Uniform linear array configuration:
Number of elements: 48
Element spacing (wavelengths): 0.5
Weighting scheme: blackman
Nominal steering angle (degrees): -60
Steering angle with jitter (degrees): -60.42
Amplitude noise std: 0.05
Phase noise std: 0.05

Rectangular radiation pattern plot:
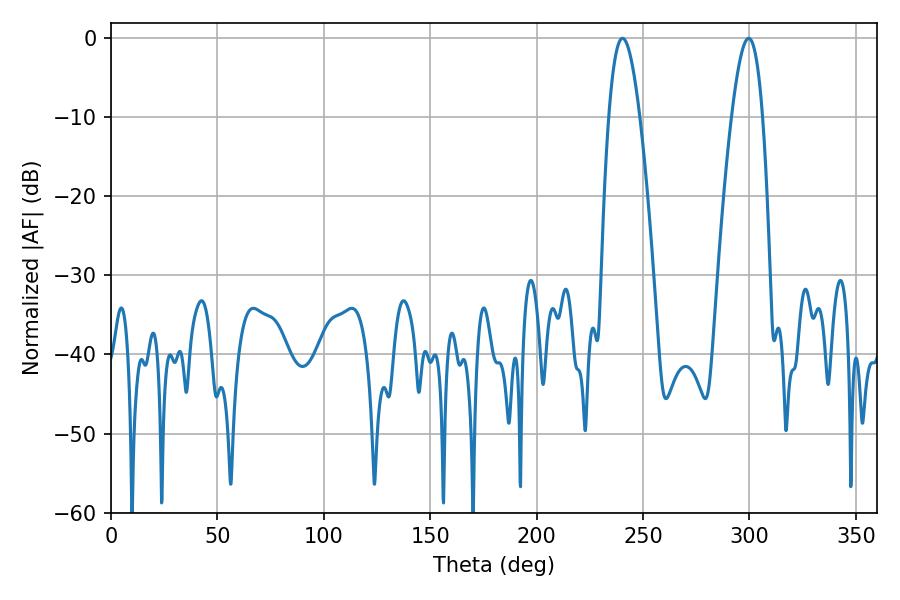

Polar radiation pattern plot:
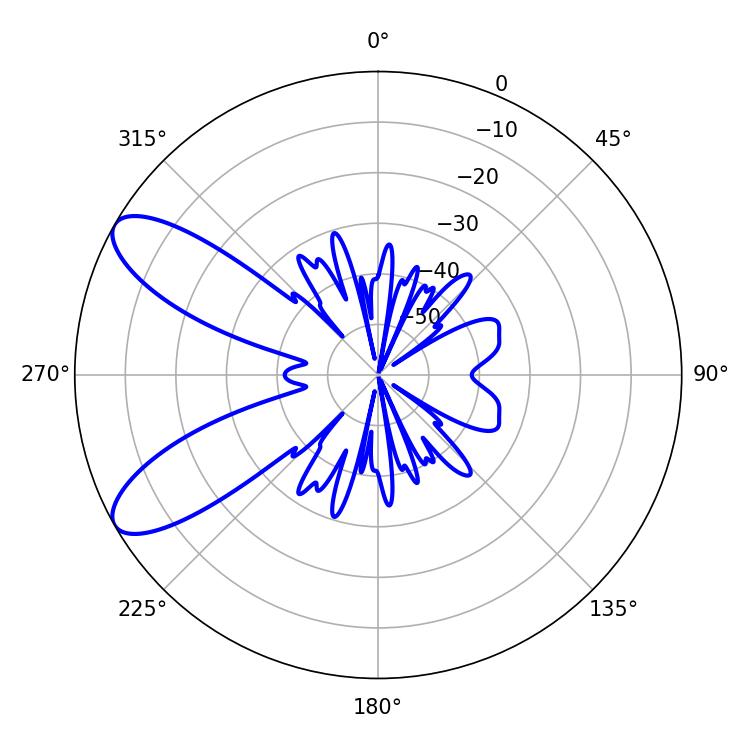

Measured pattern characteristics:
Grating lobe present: FALSE
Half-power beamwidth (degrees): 7.92
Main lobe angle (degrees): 240.3